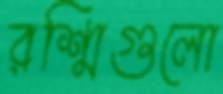
রশ্মিগুলো